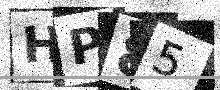
Text: HP85